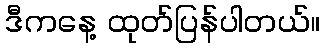
ဒီကနေ့ ထုတ်ပြန်ပါတယ်။